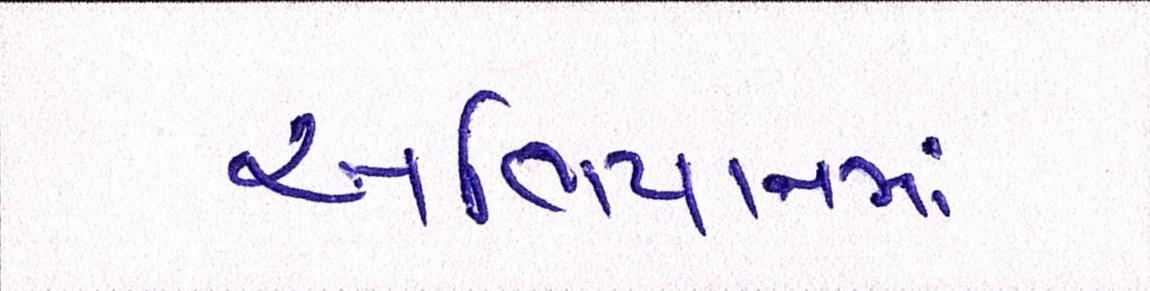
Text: અભિયાનમાં